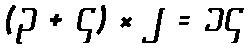
(၃ + ၄) × ၂ = ၁၄